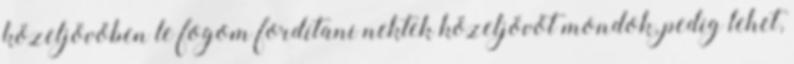
közeljövőben le fogom fordítani nektek közeljövőt mondok, pedig lehet,